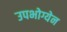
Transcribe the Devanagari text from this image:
उपभोग्येन